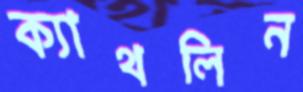
ক্যাথলিন